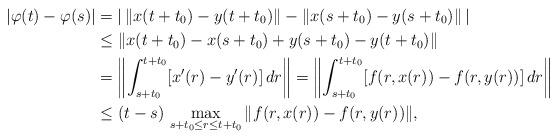
LaTeX: \begin{align*}|\varphi(t)-\varphi(s)|& =| \, \|x(t+t_0)-y(t+t_0)\|-\|x(s+t_0)-y(s+t_0)\| \, | \\& \le \| x(t+t_0)-x(s+t_0)+y(s+t_0)-y(t+t_0)\| \\&= \left\| \int_{s+t_0}^{t+t_0}[x'(r)-y'(r)] \, dr \right\| =\left\| \int_{s+t_0}^{t+t_0}[f(r,x(r))-f(r,y(r))] \, dr \right\| \\& \le (t-s) \, \max_{s+t_0 \le r \le t+t_0}\|f(r,x(r))-f(r,y(r))\|,\end{align*}